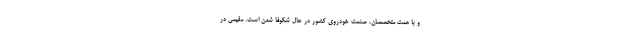
و با همت متخصصان، صنعت خودروی کشور در حال شکوفا شدن است. مقیمی در